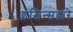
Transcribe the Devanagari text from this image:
इंजिन्सद्वारे